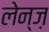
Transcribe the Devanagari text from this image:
लेन्ज़